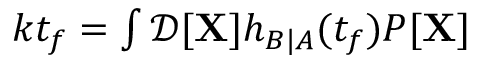
\begin{array} { r } { k t _ { f } = \int \mathcal { D } [ \mathbf { X } ] h _ { B | A } ( t _ { f } ) P [ \mathbf { X } ] } \end{array}